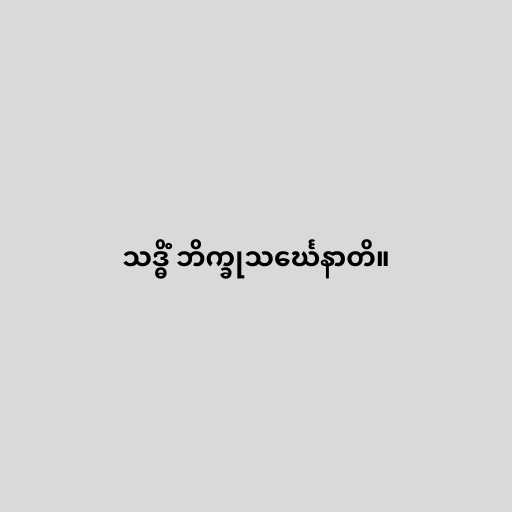
သဒ္ဓိံ ဘိက္ခုသင်္ဃေနာတိ။